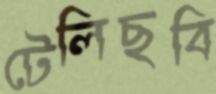
টেলিছবি